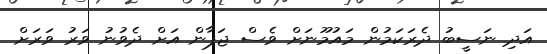
އަދި ނަސީބު ދެރަކަމުން މައުމޫނަށް ވެސް ޖަޕާން އަށް ދެވުނު ވަރު ވަރަށް